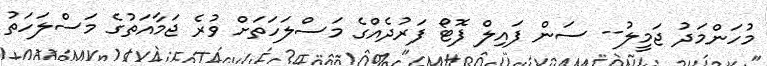
މުހަންމަދު ޖަމީލު-- ސަން ފައިލް ފޮޓޯ ފަރުދެއްގެ މަސްލަހަތަށް ވުރެ ޖަމާއަތުގެ މަސްލަހަތު